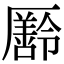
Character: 𠫄